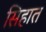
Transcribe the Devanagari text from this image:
सिहात